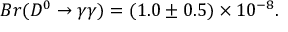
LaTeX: B r ( D ^ { 0 } \to \gamma \gamma ) = ( 1 . 0 \pm 0 . 5 ) \times 1 0 ^ { - 8 } .